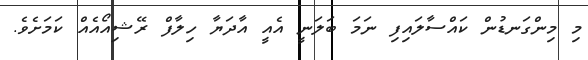
މި މިންގަނޑުން ކައްސާލައިފި ނަމަ ބަލަނީ އެއީ އާދަޔާ ހިލާފް ރޭޝިއޯއެއް ކަމަށެވެ.